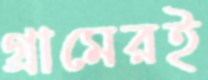
গ্রামেরই